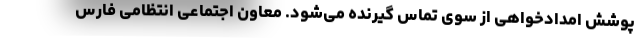
پوشش امدادخواهی از سوی تماس گیرنده می‌شود. معاون اجتماعی انتظامی فارس